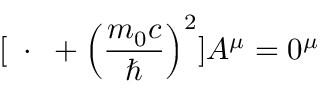
[ \mathbf { \partial } \cdot \mathbf { \partial } + \left( { \frac { m _ { 0 } c } { \hbar } } \right) ^ { 2 } ] A ^ { \mu } = 0 ^ { \mu }